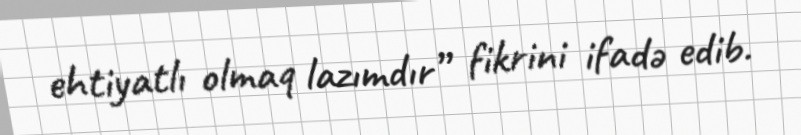
ehtiyatlı olmaq lazımdır” fikrini ifadə edib.